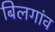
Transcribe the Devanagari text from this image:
बिलगांव